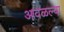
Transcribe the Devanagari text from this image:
आवळल्या